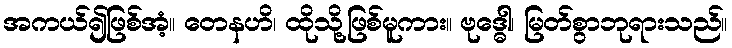
အကယ်၍ဖြစ်အံ့။ တေနဟိ၊ ထိုသို့ဖြစ်မူကား။ ဗုဒ္ဓေါ၊ မြတ်စွာဘုရားသည်။